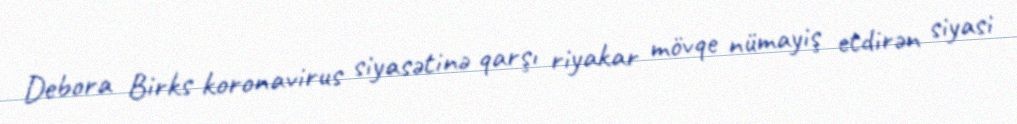
Debora Birks koronavirus siyasətinə qarşı riyakar mövqe nümayiş etdirən siyasi